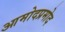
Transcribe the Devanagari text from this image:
आमोदप्रमोद